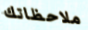
ملاحظاتك